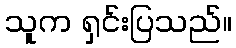
သူက ရှင်းပြသည်။